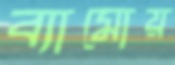
ব্যামোয়